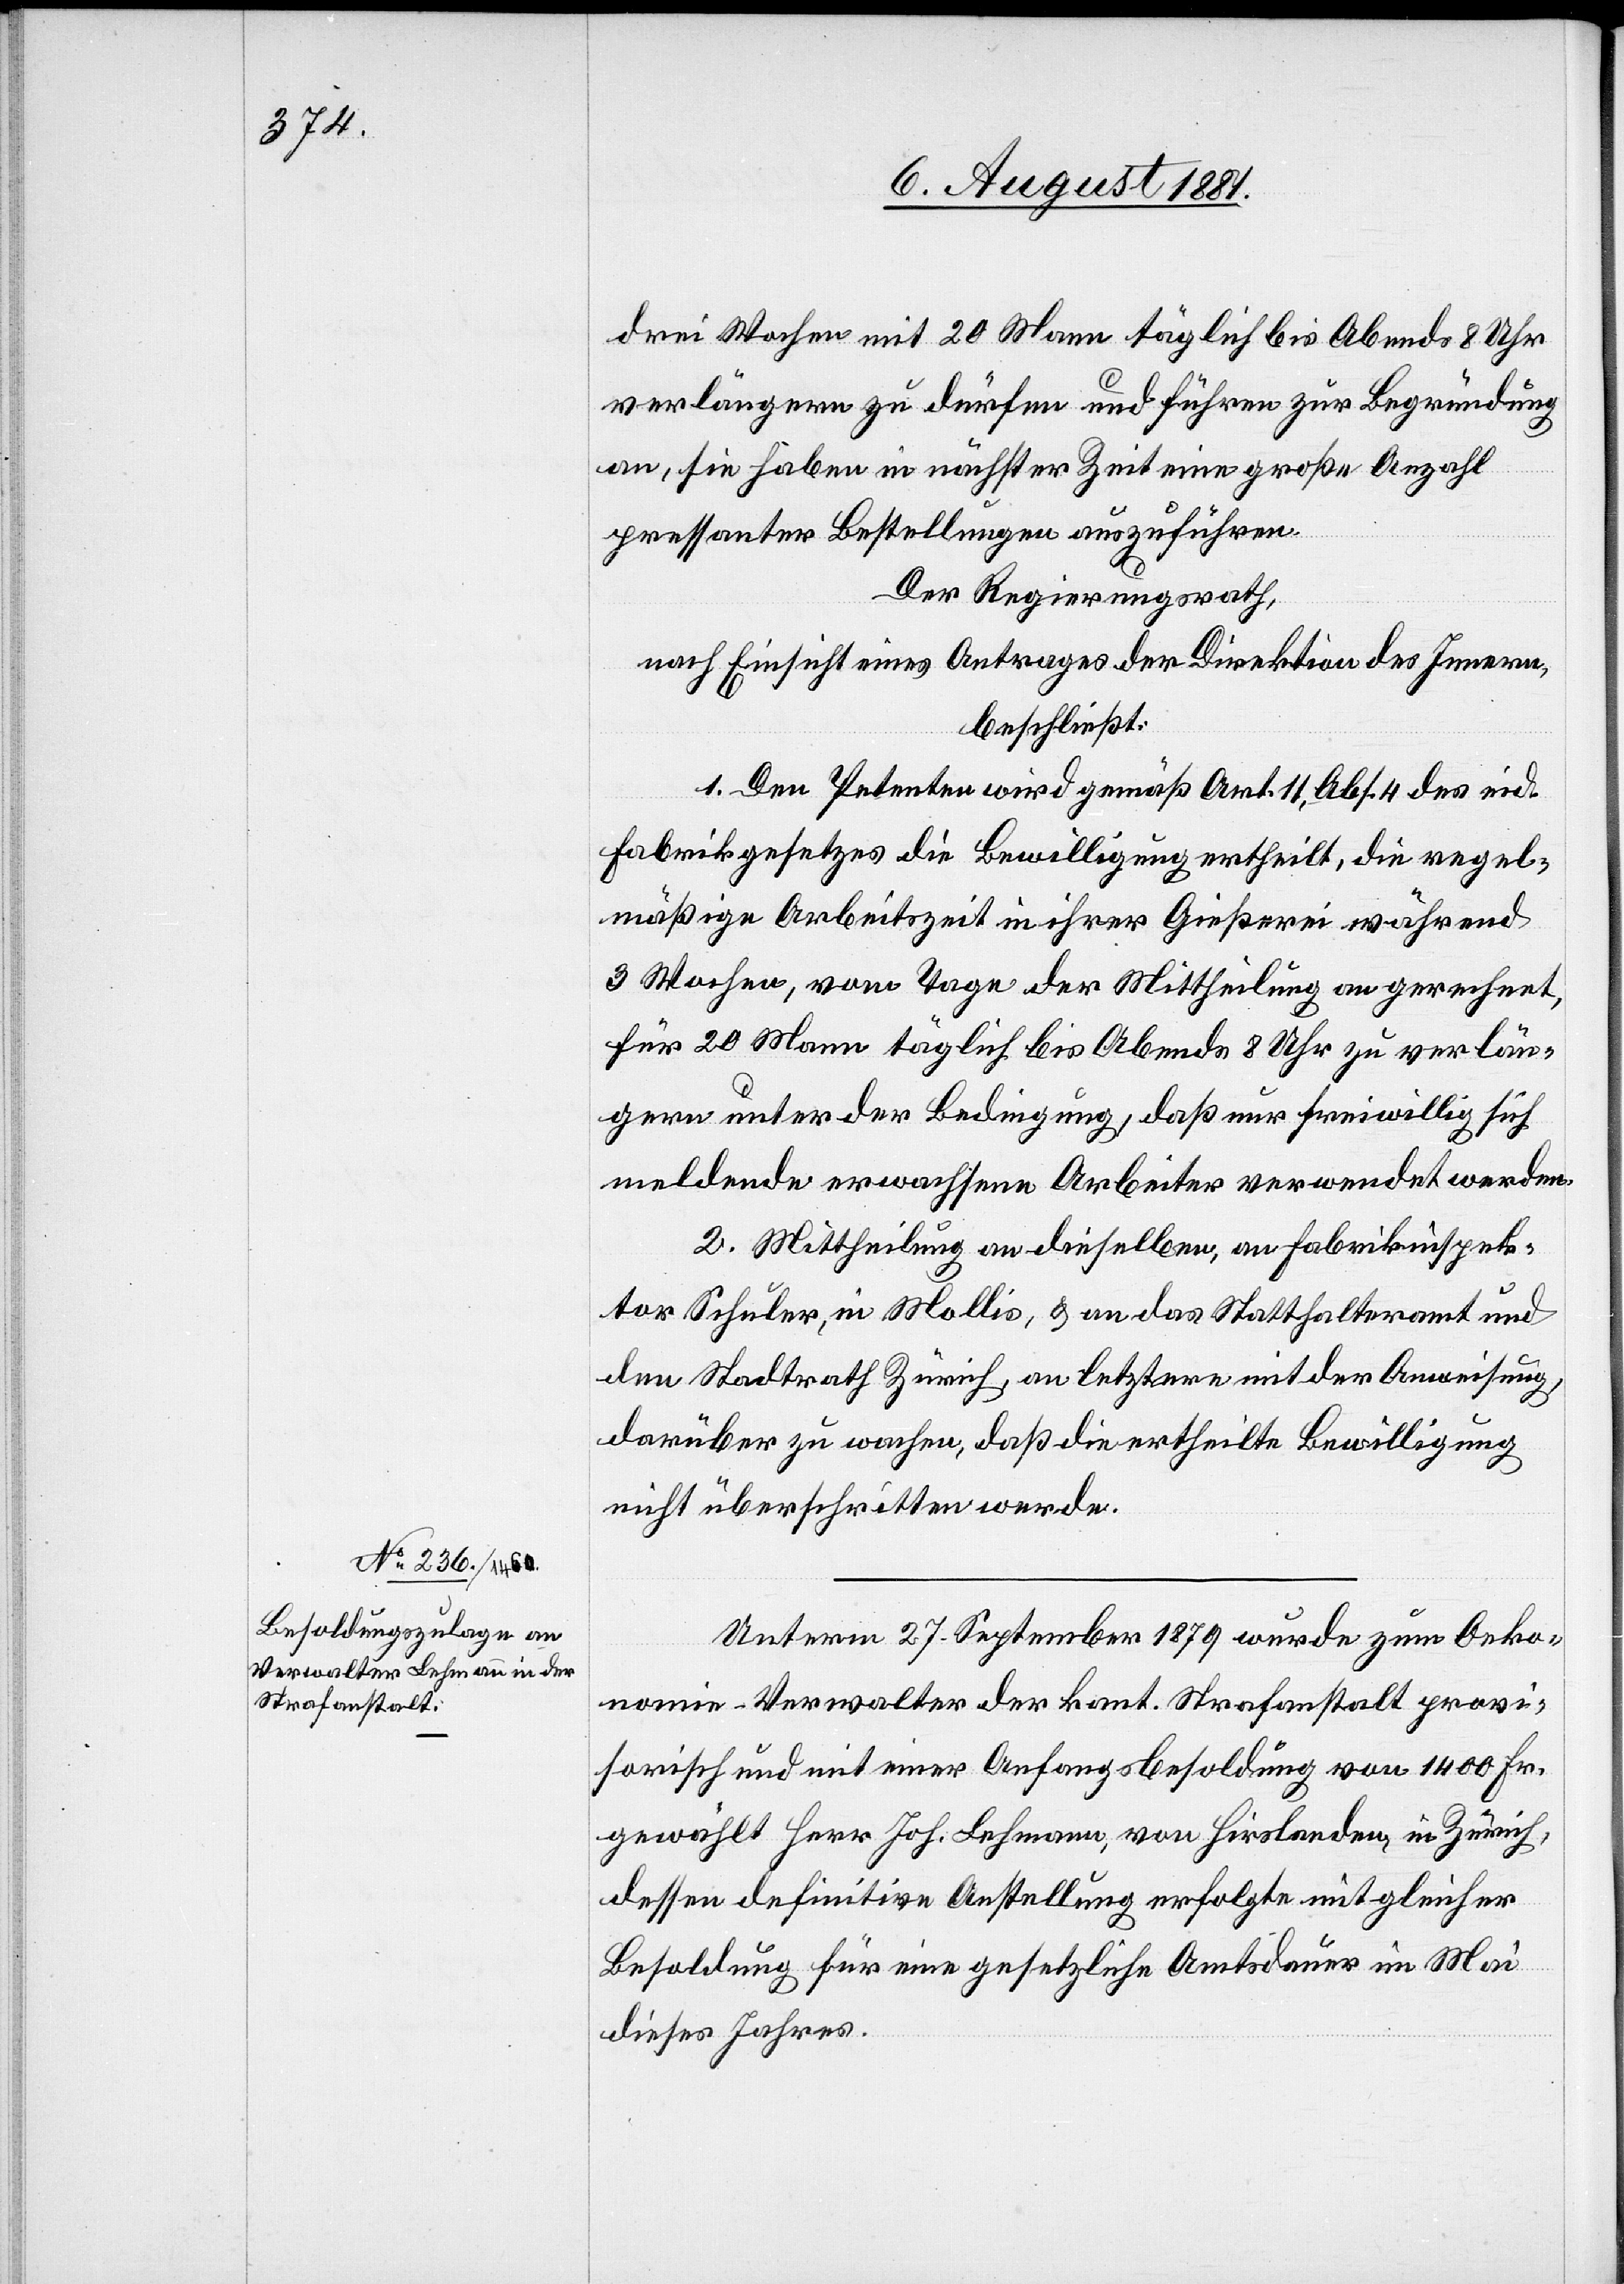
drei Wochen mit 20 Mann täglich bis Abends 8 Uhr
verlängern zu dürfen und führen zur Begründung
an, sie haben in nächster Zeit eine große Anzahl
pressanter Bestellungen auszuführen.
Der Regierungsrath,
nach Einsicht eines Antrages der Direktion des Innern,
beschließt:
1. Den Petenten wird gemäß Art. 11, Abs. 4 des eid.
Fabrikgesetzes die Bewilligung ertheilt, die regel¬
mäßige Arbeitszeit in ihrer Gießerei während
3 Wochen, vom Tage der Mittheilung an gerechnet,
für 20 Mann täglich bis Abends 8 Uhr zu verlän¬
gern unter der Bedingung, daß nur freiwillig sich
meldende erwachsene Arbeiter verwendet werden.
2. Mittheilung an dieselben, an Fabrikinspek¬
tor Schuler, in Mollis, & an das Statthalteramt und
den Stadtrath Zürich, an letztern mit der Anweisung,
darüber zu wachen, daß die ertheilte Bewilligung
nicht überschritten werde.
Unterm 27. September 1879 wurde zum Oeko¬
nomie-Verwalter der kant. Strafanstalt provi¬
sorisch und mit einer Anfangsbesoldung von 1400 Fr.
gewählt Herr Joh. Lehmann, von Hirslanden, in Zürich,
dessen definitive Anstellung erfolgte mit gleicher
Besoldung für eine gesetzliche Amtsdauer im Mai
dieses Jahres.